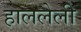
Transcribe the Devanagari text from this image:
हाललेली